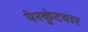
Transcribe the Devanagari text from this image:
येरकुंटवार